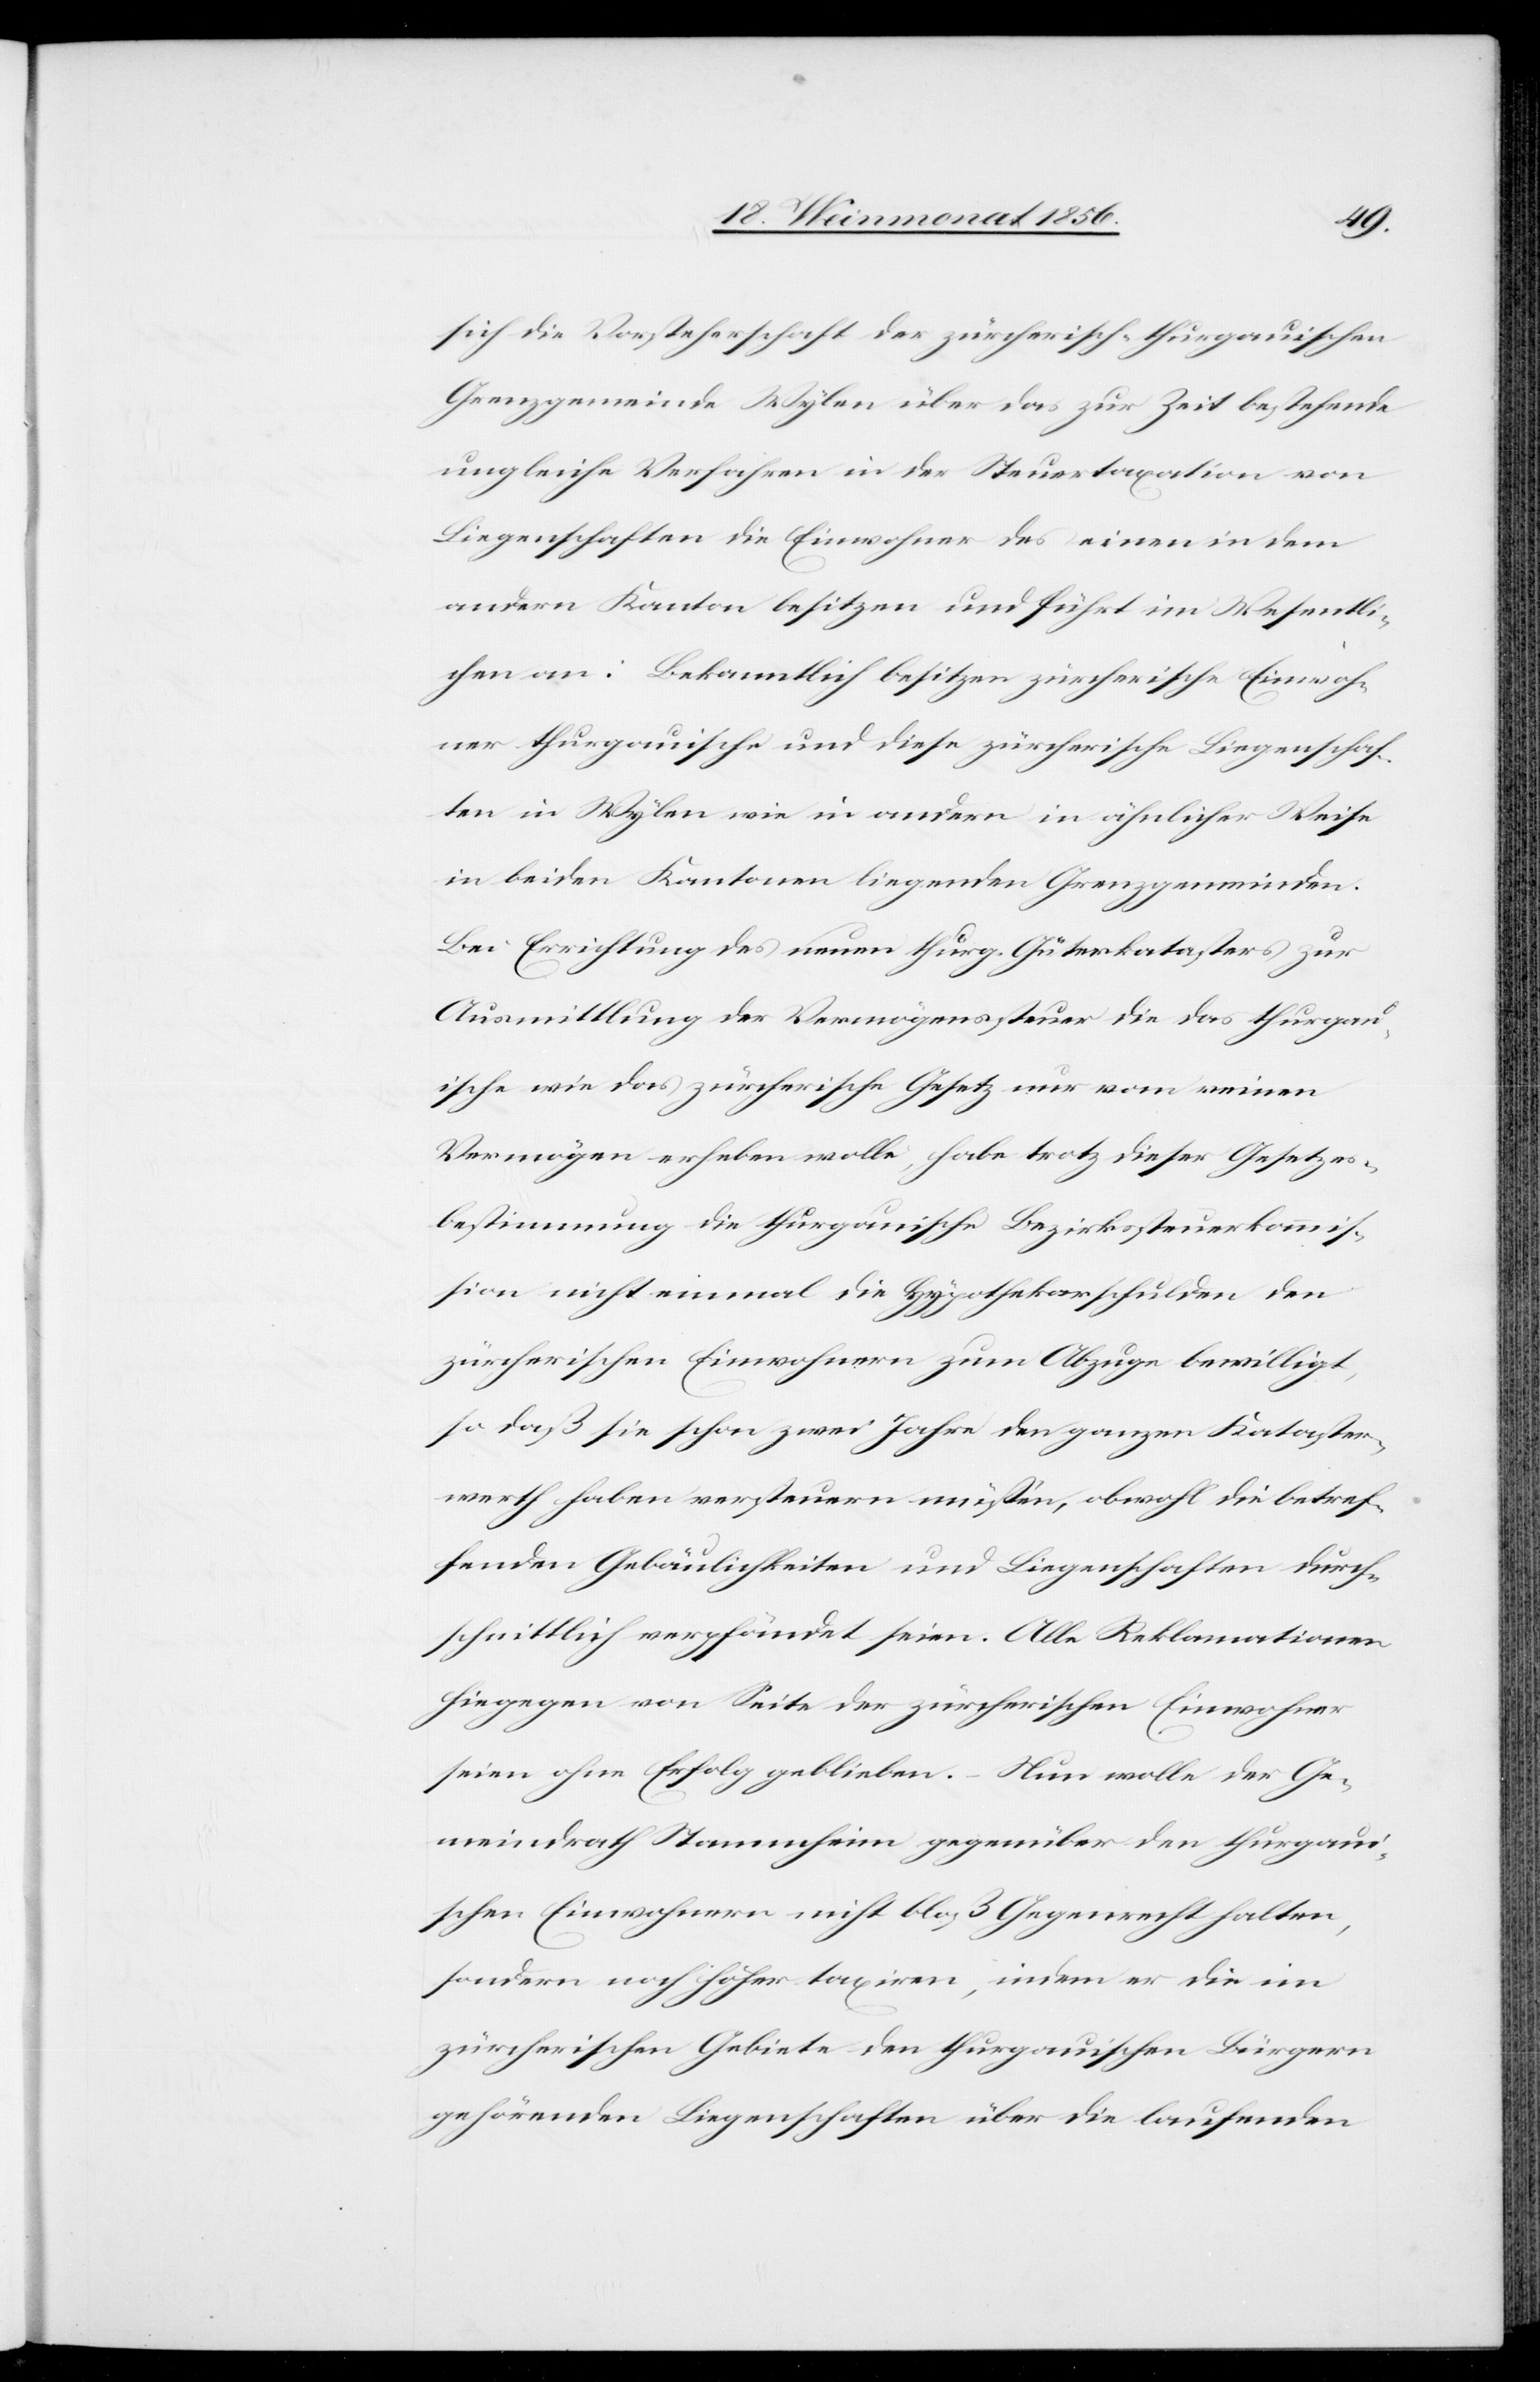
sich die Vorsteherschaft der zürcherisch-thurgauischen
Grenzgemeinde Wylen über das zur Zeit bestehende
ungleiche Verfahren in der Steuertaxation von
Liegenschaften die Einwohner des einen in dem
andern Kanton besitzen und führt im Wesentli¬
chen an: Bekanntlich besitzen zürcherische Einwoh¬
ner thurgauische und diese zürcherische Liegenschaf¬
ten in Wylen wie in andern in ähnlicher Weise
in beiden Kantonen liegenden Grenzgemeinden.
Bei Errichtung des neuen thurg. Güterkatasters zur
Ausmittlung der Vermögenssteuer die das thurgau¬
ische wie das zürcherische Gesetz nur vom reinen
Vermögen erheben wolle, habe trotz dieser Gesetzes¬
bestimmung die thurgauische Bezirkssteuerkommis¬
sion nicht einmal die Hypothekarschulden den
zürcherischen Einwohnern zum Abzuge bewilligt,
so daß sie schon zwei Jahre den ganzen Kataster¬
werth haben versteuern müssen, obwohl die betref¬
fenden Gebäulichkeiten und Liegenschaften durch¬
schnittlich verpfändet seien. Alle Reklamationen
hiegegen von Seite der zürcherischen Einwohner
seien ohne Erfolg geblieben. – Nun wolle der Ge¬
meindrath Stammheim gegenüber den thurgaui¬
schen Einwohnern nicht bloß Gegenrecht halten,
sondern noch höher taxiren, indem er die im
zürcherischen Gebiete den thurgauischen Bürgern
gehörenden Liegenschaften über die laufenden